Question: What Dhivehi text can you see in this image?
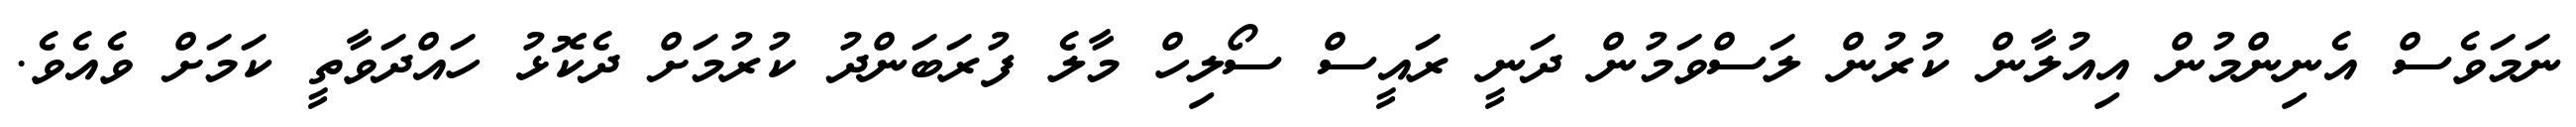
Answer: ނަމަވެސް އެނިންމުން އިއުލާން ކުރުން ލަސްވަމުން ދަނީ ރައީސް ސޯލިހް މާލެ ފުރަބަންދު ކުރުމަށް ދެކޮޅު ހައްދަވާތީ ކަމަށް ވެއެވެ.